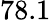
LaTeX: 78.1